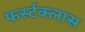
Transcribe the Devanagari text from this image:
फर्स्टक्लास